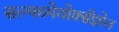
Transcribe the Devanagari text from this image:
सल्फामेथोक्सॅझोल